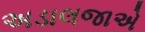
અડાલજાએ